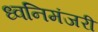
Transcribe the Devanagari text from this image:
ध्वनिमंजरी